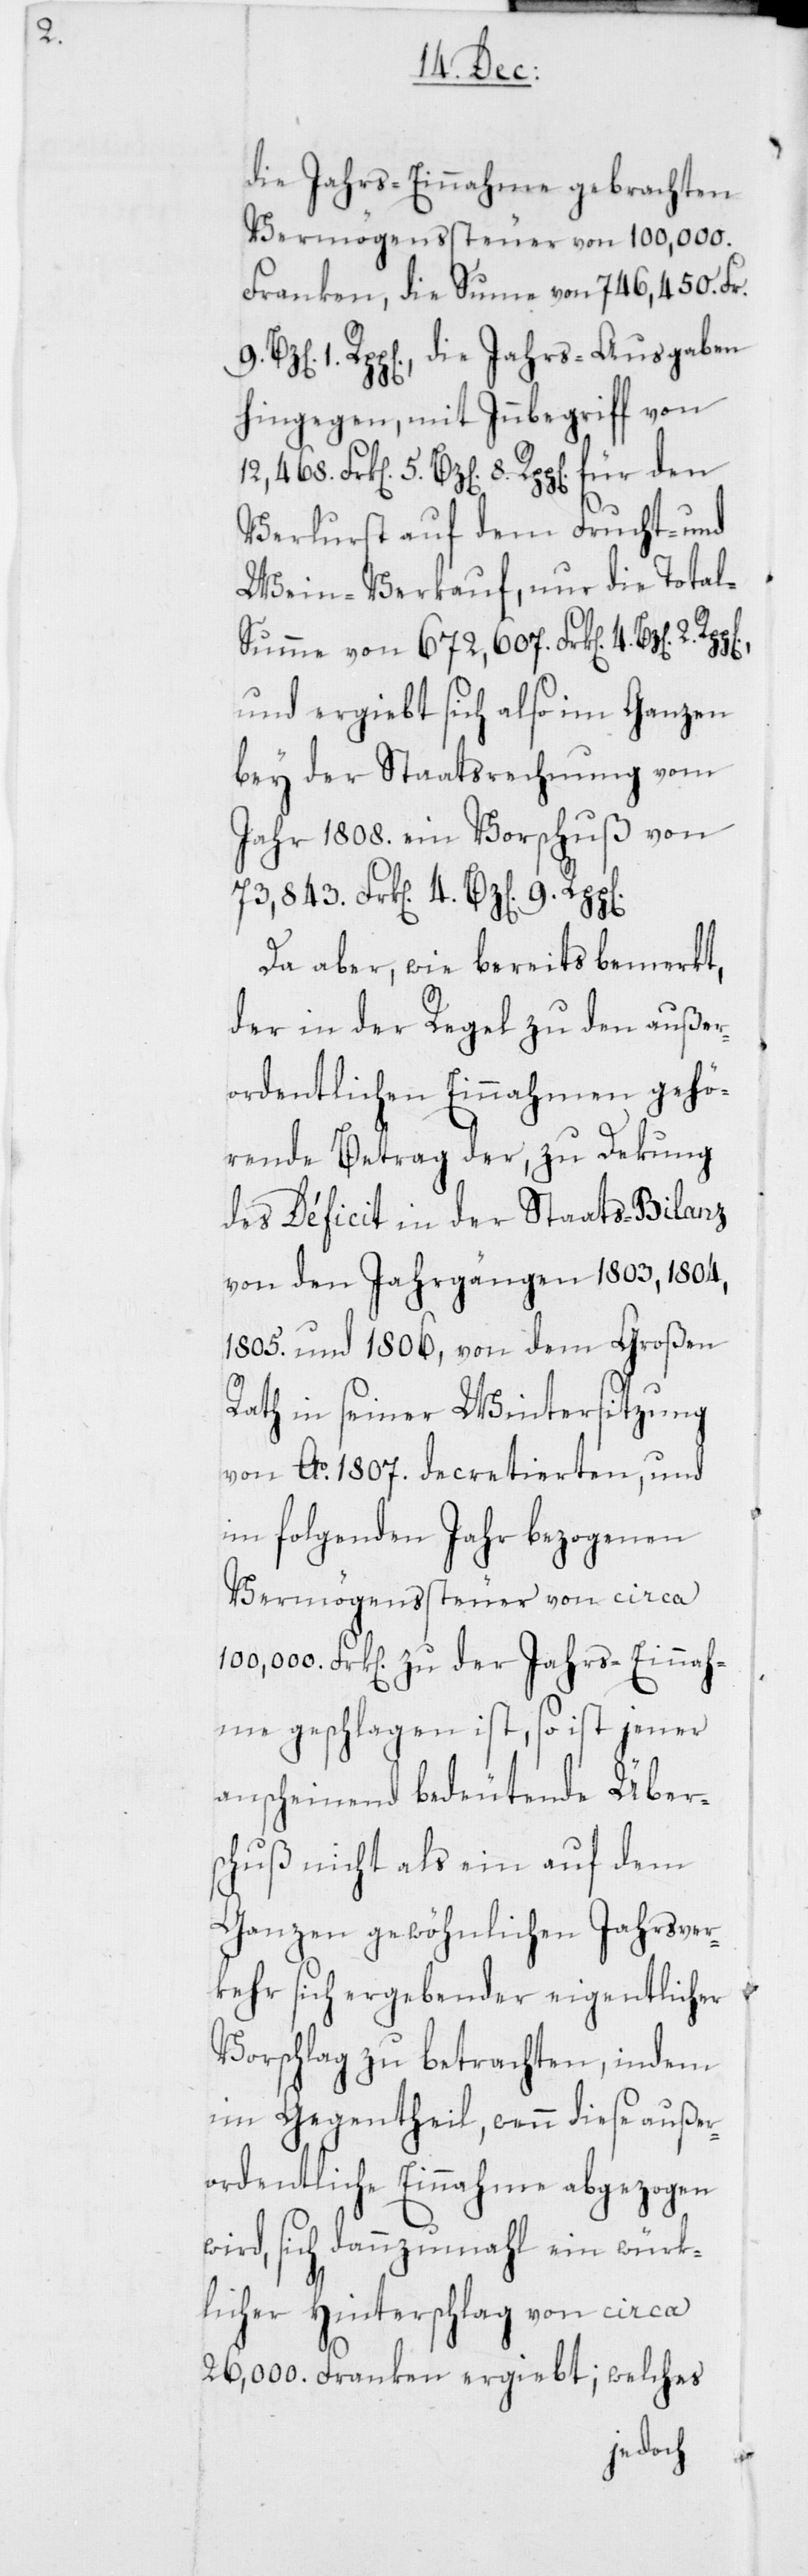
2.

die Jahrs-Einnahme gebrachten
Vermögenssteuer von 100'000.
Franken, die Sume von 746'450. Fr.
1. Rpp[en], die Jahrs-Ausgaben
hingegen, mit Innbegriff von
Verlurst auf dem Frucht- und
Wein-Verkauf, nur die Tota¬
l-Summe von 672'607. Frk[en]. 4. Bz[en].
und ergiebt sich also im Ganzen
bey der Staatsrechnung vom
Jahr 1808. ein Vorschuß von
73,843. Frk[en]. 4. Bz[en] 9.
Da aber, wie bereits bemerkt,
der in der Regel zu den außer¬
ordentlichen Einnahmen gehö¬
rende Betrag der, zu Dekung
des Déficit in der Staats-Bilanz
von den Jahrgängen 1803, 1804,
1805. und 1806, von dem Großen
Rath in seiner Wintersitzung
von Ao. 1807. decretierten, und
im folgenden Jahr bezogenen
Vermögenssteuer von circa
100,000. Frk[en]. zu der Jahrs-Einnah¬
me geschlagen ist, so ist jener
anscheinend bedeutende Übers¬
chuß nicht als ein auf dem
Ganzen gewöhnlichen Jahrsver¬
kehr sich ergebender eigentlicher
Vorschlag zu betrachten, indem
im Gegentheil, wenn diese außer¬
ordentliche Einnahme abgezogen
wird, sich dannzumahl ein würk¬
licher Hinterschlag von circa
26,000. Franken ergiebt; welches